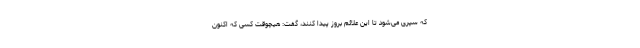
که سپری می‌شود تا این علائم بروز پیدا کنند، گفت: هیچوقت کسی که اکنون